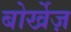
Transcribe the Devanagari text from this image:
बोर्खेज़